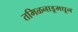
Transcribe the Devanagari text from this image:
तमिळनाडूमधून